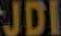
JDI